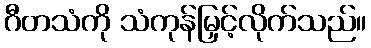
ဂီတသံကို သံကုန်မြှင့်လိုက်သည်။